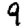
Digit: 9